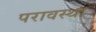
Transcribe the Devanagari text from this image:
परावस्था